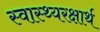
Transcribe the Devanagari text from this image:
स्वास्थ्यरक्षार्थ